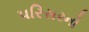
પરિસરનો